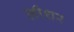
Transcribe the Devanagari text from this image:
लीशर